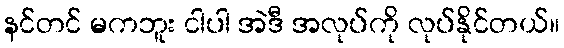
နင်တင် မကဘူး ငါပါ အဲဒီ အလုပ်ကို လုပ်နိုင်တယ်။